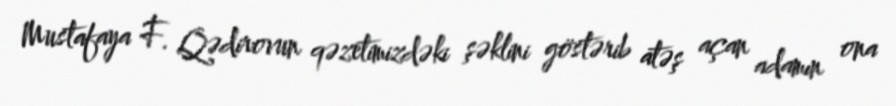
Mustafaya F. Qədirovun qəzetimizdəki şəklini göstərib atəş açan adamın ona